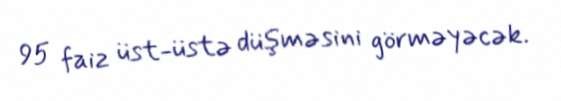
95 faiz üst-üstə düşməsini görməyəcək.